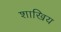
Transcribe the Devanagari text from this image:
शाखिय